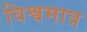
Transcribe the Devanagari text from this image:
विश्वमात्र